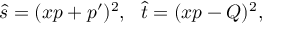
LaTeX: \hat { s } = ( x p + p ^ { \prime } ) ^ { 2 } , ~ ~ \hat { t } = ( x p - Q ) ^ { 2 } ,